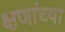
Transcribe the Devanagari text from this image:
क्षणांच्या